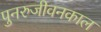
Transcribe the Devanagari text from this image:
पुनरुजीवनकाल